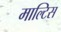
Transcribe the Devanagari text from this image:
माल्टिस